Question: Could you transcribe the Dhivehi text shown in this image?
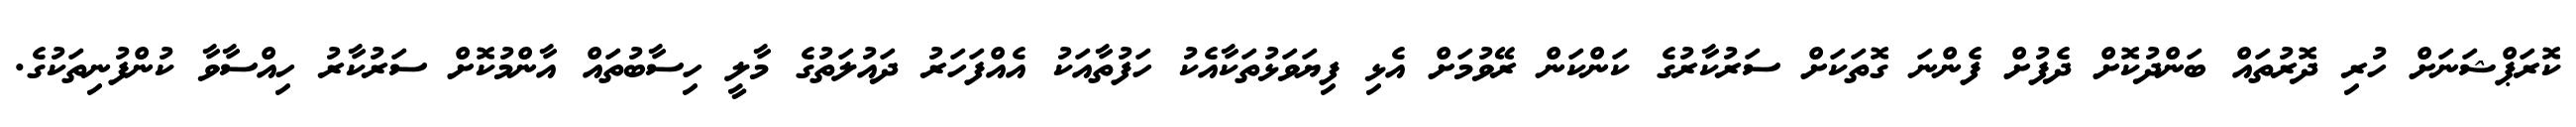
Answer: ކޮރަޕްޝަނަށް ހުރި ދޮރުތައް ބަންދުކޮށް ދެފުށް ފެންނަ ގޮތަކަށް ސަރުކާރުގެ ކަންކަން ރޭވުމަށް އެޅި ފިޔަވަޅުތަކާއެކު ހަފުތާއަކު އެއްފަހަރު ދައުލަތުގެ މާލީ ހިސާބުތައް އާންމުކޮށް ސަރުކާރު ހިއްސާވާ ކުންފުނިތަކުގެ.